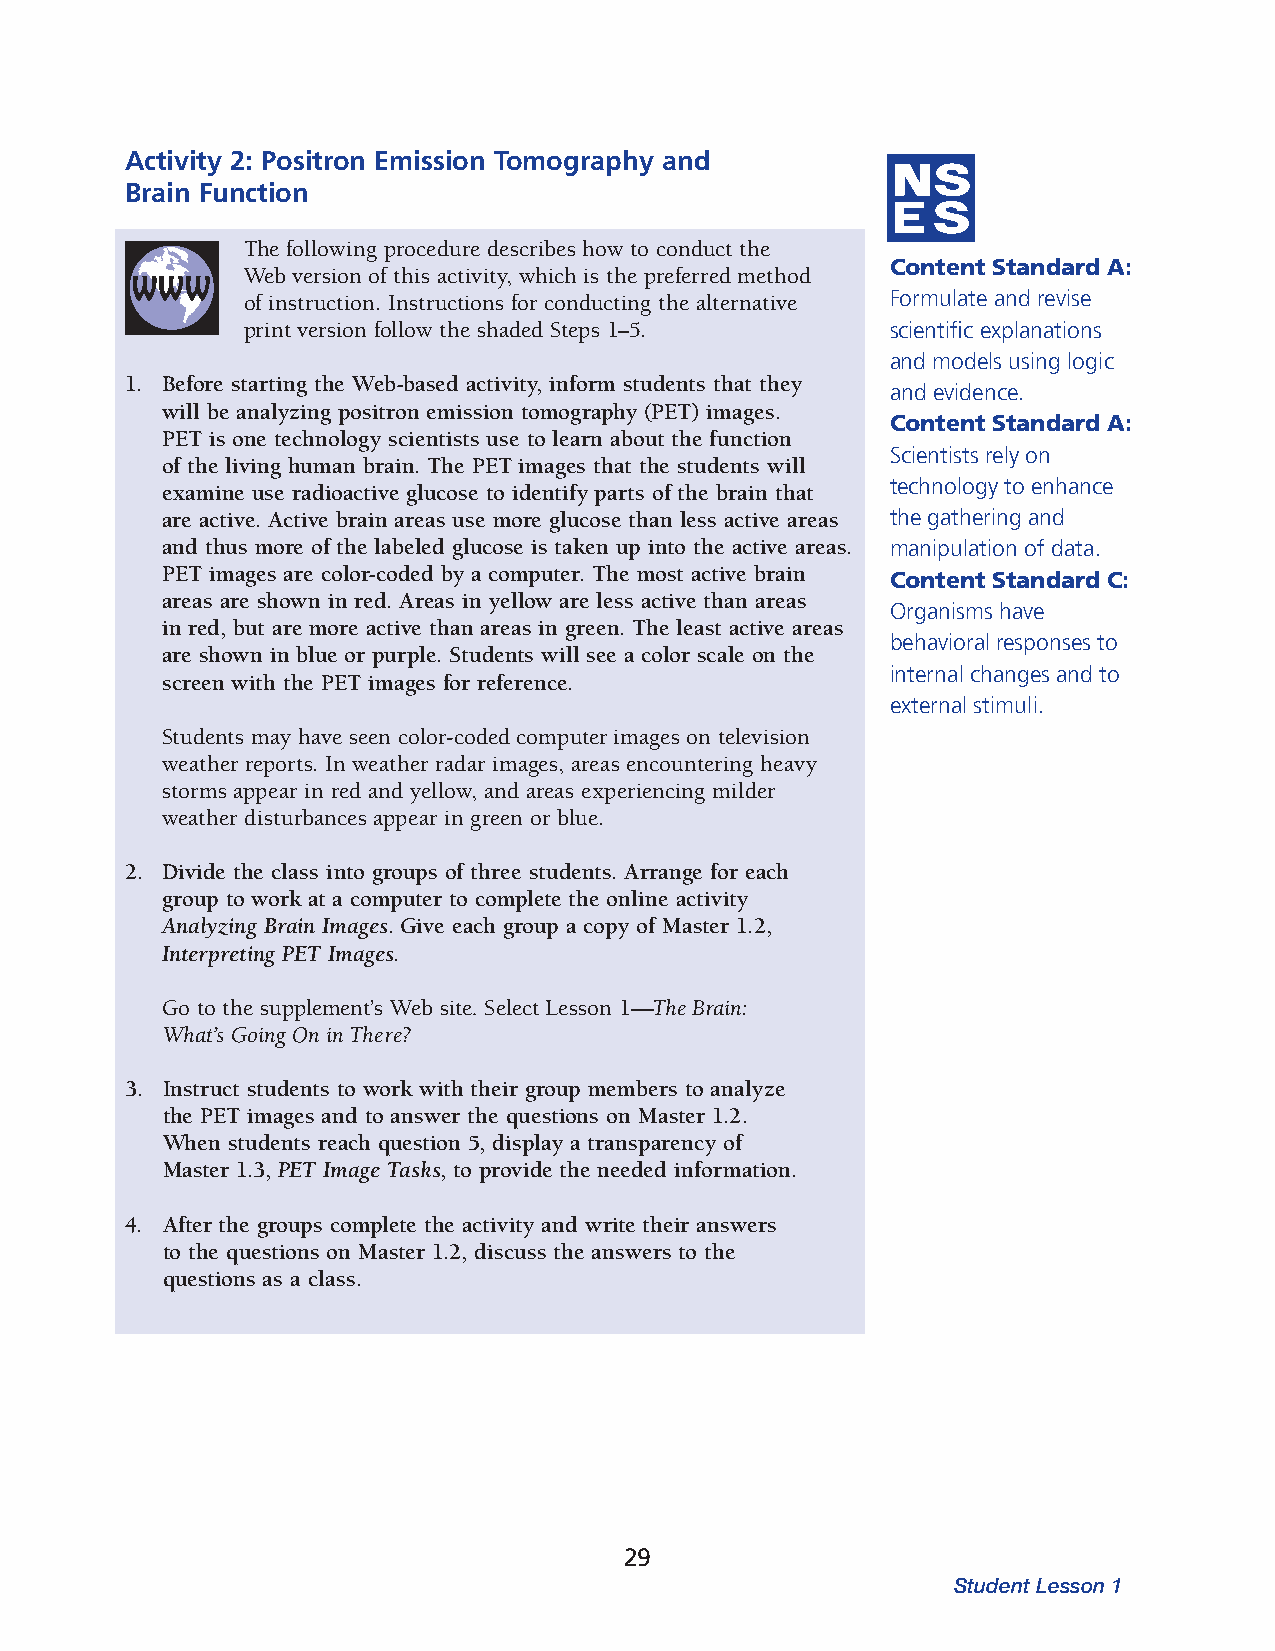
Activity 2: Positron Emission Tomography and
 Brain Function
 The following procedure describes how to conduct the
 Content Standard A:
 Web version of this activity, which is the preferred method
 of instruction. Instructions for conducting the alternative Formulate and revise
 print version follow the shaded Steps 1–5. sci entific explanations
 and models using logic
 1. Before starting the Web-based activity, inform students that they
 and evidence.
 will be analyzing positron emission tomography (PET) images.
 Content Standard A:
 PET is one technology scientists use to learn about the function
 Scientists rely on
 of the living human brain. The PET images that the students will
 examine use radioactive glucose to identify parts of the brain that technol ogy to enhance
 are active. Active brain areas use more glucose than less active areas the gath ering and
 and thus more of the labeled glucose is taken up into the active areas. manipulation of data.
 PET images are color-coded by a computer. The most active brain
 Content Standard C:
 areas are shown in red. Areas in yellow are less active than areas
 Organisms have
 in red, but are more active than areas in green. The least active areas
 behav ioral responses to
 are shown in blue or purple. Stu dents will see a color scale on the
 inter nal changes and to
 screen with the PET images for reference.
 external stimuli.
 Students may have seen color-coded computer images on television
 weather reports. In weather radar images, areas encountering heavy
 storms appear in red and yellow, and areas experiencing milder
 weather distur bances appear in green or blue.
 2. Divide the class into groups of three students. Arrange for each
 group to work at a computer to complete the online activity
 Analyzing Brain Images. Give each group a copy of Master 1.2,
 Interpreting PET Images.
 Go to the supplement’s Web site. Select Lesson 1—The Brain:
 What’s Going On in There?
 3. Instruct students to work with their group members to analyze
 the PET images and to answer the questions on Master 1.2.
 When students reach question 5, display a transparency of
 Master 1.3, PET Image Tasks, to provide the needed information.
 4. After the groups complete the activity and write their answers
 to the questions on Master 1.2, discuss the answers to the
 questions as a class.
 29
 Student Lesson 1